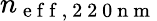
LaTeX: n_{\mathrm{~e~f~f~,~2~2~0~n~m~}}